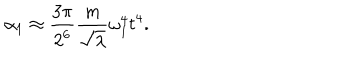
\alpha _ { 1 } \approx \frac { 3 \pi } { 2 ^ { 6 } } \frac { m } { \sqrt \lambda } \omega _ { 1 } ^ { 4 } t ^ { 4 } .